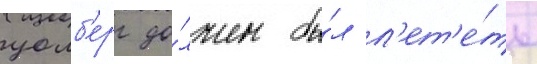
уолб'ерг до́лжен бы́л л'ет'е́ть